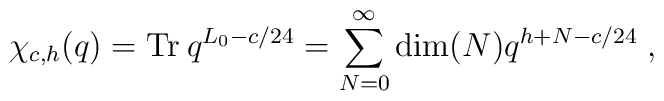
\chi _{c,h }(q)=\textrm{Tr}\:q^{L_{0}-c/24}=\sum_{N =0}^{\infty }\dim (N )q^{h +N -c/24}\;,